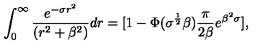
\int _ { 0 } ^ { \infty } \frac { e ^ { - \sigma r ^ { 2 } } } { ( r ^ { 2 } + \beta ^ { 2 } ) } d r = [ 1 - \Phi ( \sigma ^ { \frac { 1 } { 2 } } \beta ) \frac { \pi } { 2 \beta } e ^ { \beta ^ { 2 } \sigma } ] ,